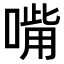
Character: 𠹮